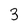
Character: 3